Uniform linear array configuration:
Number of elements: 64
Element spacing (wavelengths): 0.75
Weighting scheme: uniform
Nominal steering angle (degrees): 30
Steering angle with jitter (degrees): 30.964
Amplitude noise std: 0.05
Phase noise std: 0.05

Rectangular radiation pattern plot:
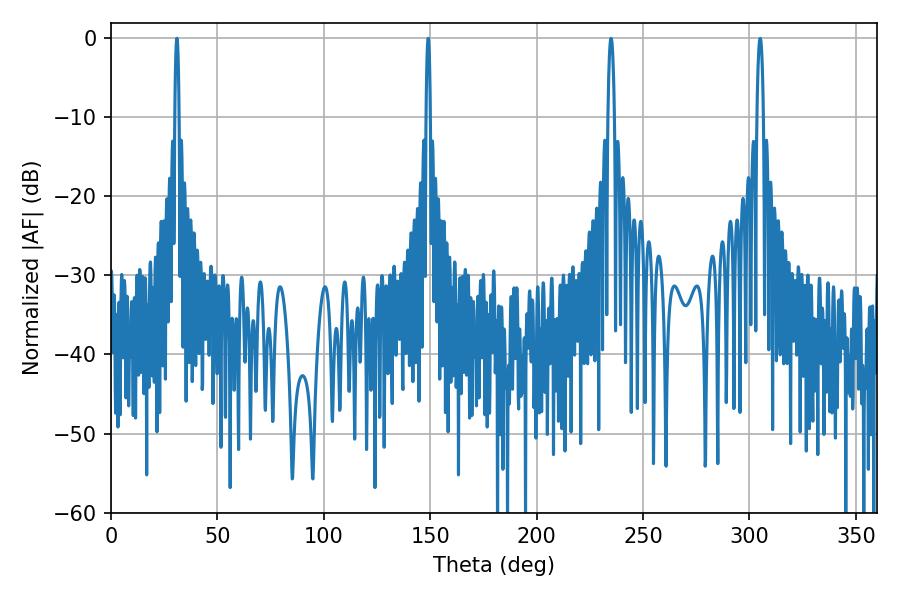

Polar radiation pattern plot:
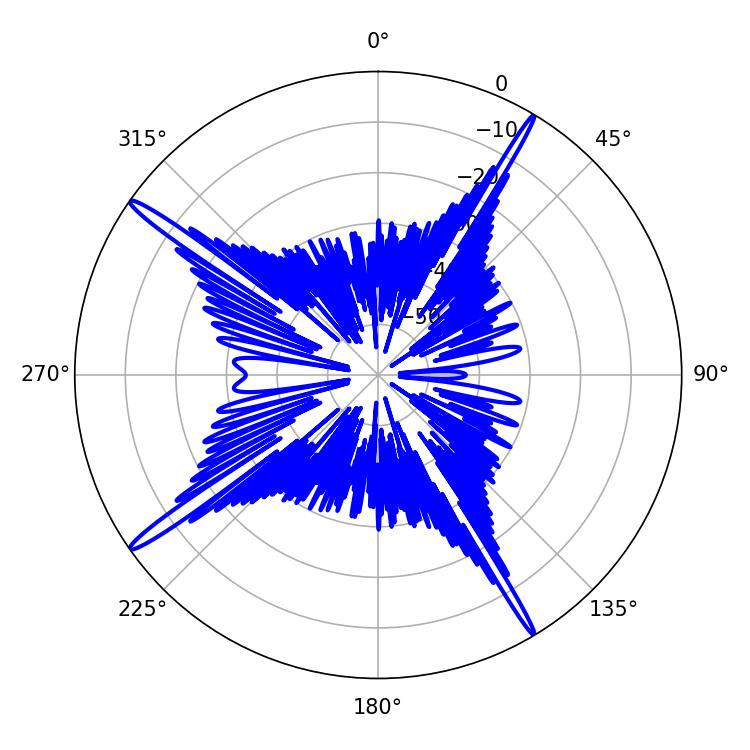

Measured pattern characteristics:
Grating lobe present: TRUE
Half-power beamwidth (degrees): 1.08
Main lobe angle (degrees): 30.96